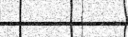
١٠٠